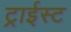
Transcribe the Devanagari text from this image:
ट्राईस्ट